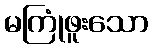
မကြုံဖူးသော